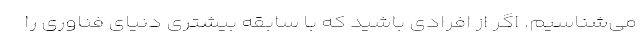
می‌شناسیم. اگر از افرادی باشید که با سابقه بیشتری دنیای فناوری را